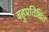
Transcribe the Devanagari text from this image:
बहुप्रतिक्षित